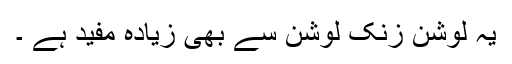
یہ لوشن زنک لوشن سے بھی زیادہ مفید ہے ۔